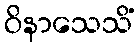
ဝိနာသေသိံ